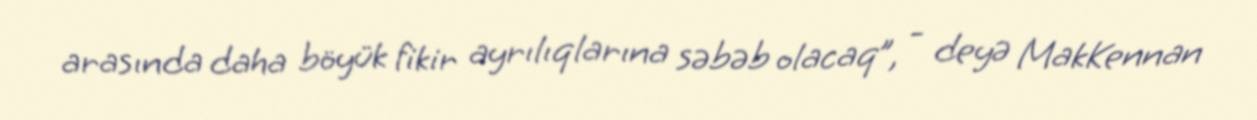
arasında daha böyük fikir ayrılıqlarına səbəb olacaq”, - deyə MakKennan